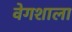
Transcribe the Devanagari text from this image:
वेगशाला